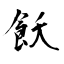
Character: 飫